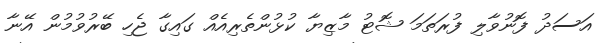
އަސަދު ފޮނުވާލި ފުރަތަމަ ޝޮޓު މާޒިޔާ ކުޅުންތެރިއެއް ގައިގާ ޖެހި ބޭރުވުމުން އޭނާ